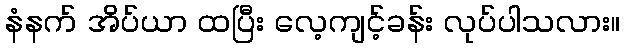
နံနက် အိပ်ယာ ထပြီး လေ့ကျင့်ခန်း လုပ်ပါသလား။